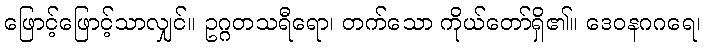
ဖြောင့်ဖြောင့်သာလျှင်။ ဥဂ္ဂတသရီရော၊ တက်သော ကိုယ်တော်ရှိ၏။ ဒေဝနဂဂရေ၊